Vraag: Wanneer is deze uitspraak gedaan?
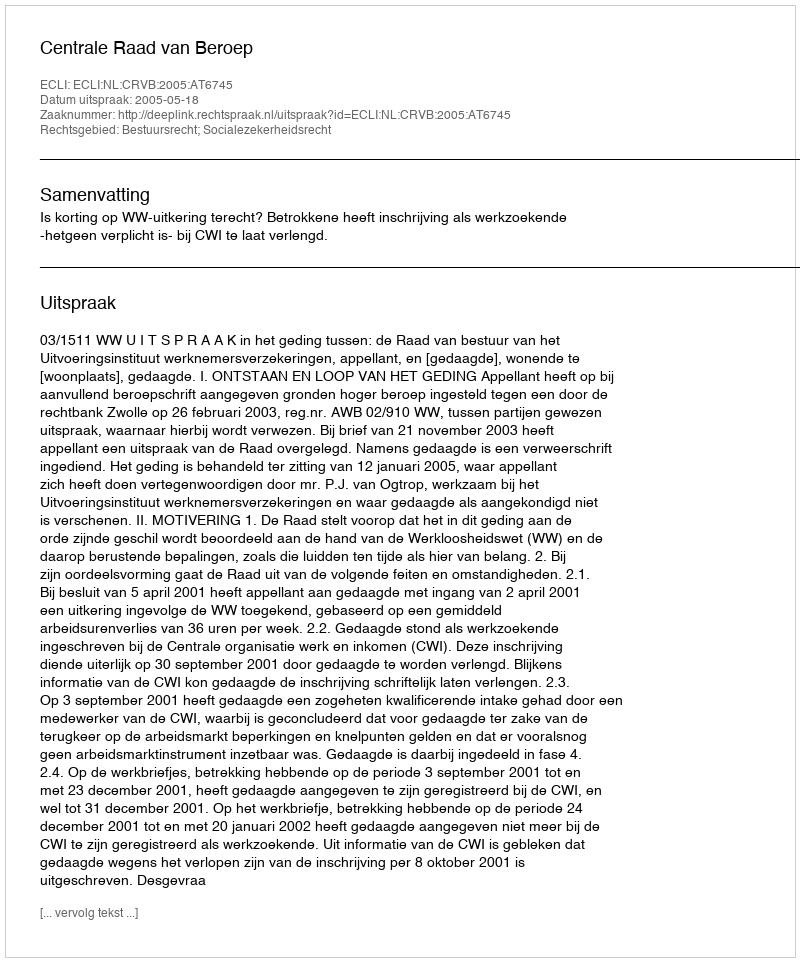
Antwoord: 2005-05-18